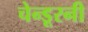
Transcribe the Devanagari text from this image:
चेन्डूरनी